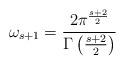
LaTeX: \begin{align*}\omega_{s+1}={2\pi^{s+2\over 2}\over \Gamma\left({s+2\over 2}\right)}\end{align*}